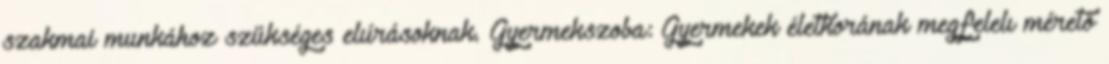
szakmai munkához szükséges elıírásoknak. Gyermekszoba: Gyermekek életkorának megfelelı mérető